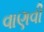
વાણવી